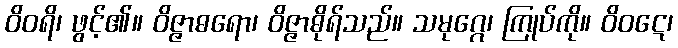
ဝိဝရိ၊ ဖွင့်၏။ ဝိဇ္ဇာဓရော၊ ဝိဇ္ဇာဓိုရ်သည်။ သမုဂ္ဂေ၊ ကြုပ်ကို။ ဝိဝဋေ၊